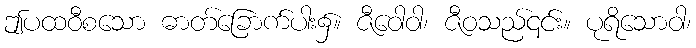
ဤပထဝီစသော ဓာတ်ခြောက်ပါး၌။ ဇီဝေါဝါ၊ ဇီဝသည်၎င်း။ ပုရိသောဝါ၊